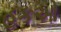
હકઓ